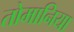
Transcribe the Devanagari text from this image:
तोमानिया